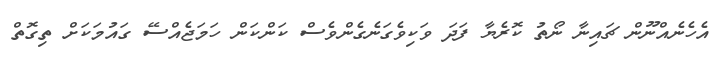
އެހެނެއްނޫން ޗައިނާ ނޯތު ކޮރެޔާ ފަދަ ވަކިވެގަނެގެންވެސް ކަންކަން ހަމަޖެއްސޭ ގައުމަކަށް ތިގޮތް